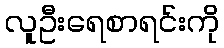
လူဦးရေစာရင်းကို